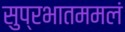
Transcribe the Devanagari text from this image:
सुप्रभातममलं